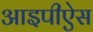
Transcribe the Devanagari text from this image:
आइपीऐस